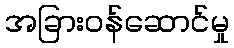
အခြားဝန်ဆောင်မှု